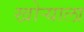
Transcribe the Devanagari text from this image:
खोऱ्याला